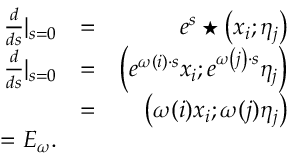
\begin{array} { r l r } { \frac { d } { d s } | _ { s = 0 } } & { = } & { e ^ { s } \star \left( x _ { i } ; \eta _ { j } \right) } \\ { \frac { d } { d s } | _ { s = 0 } } & { = } & { \left( e ^ { \omega \left( i \right) \cdot s } x _ { i } ; e ^ { \omega \left( j \right) \cdot s } \eta _ { j } \right) } \\ & { = } & { \left( \omega ( i ) x _ { i } ; \omega ( j ) \eta _ { j } \right) } \\ { = E _ { \omega } . } \end{array}